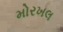
મોરખલ